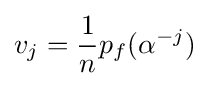
v_{j}={\frac {1}{n}}p_{f}(\alpha ^{-j})